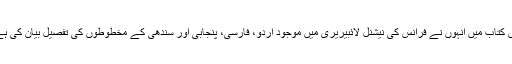
اس کتاب میں انہوں نے فرانس کی نیشنل لائبیریری میں موجود اردو، فارسی، پنجابی اور سندھی کے مخطوطوں کی تفصیل بیان کی ہے۔